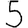
Digit: 5